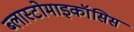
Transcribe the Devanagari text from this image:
ब्लास्टोमाइकॉसिस